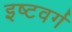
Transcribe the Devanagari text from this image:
इष्टवर्ग